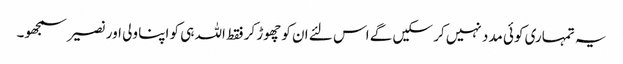
یہ تمہاری کوئی مدد نہیں کر سکیں گے اس لئے ان کو چھوڑ کر فقط اللہ ہی کو اپنا ولی اور نصیر سمجھو۔